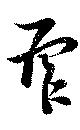
虐